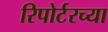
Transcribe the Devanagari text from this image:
रिपोर्टरच्या